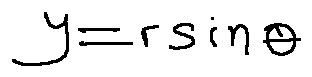
y = r \sin \theta